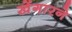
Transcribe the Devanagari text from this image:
खेंगारने